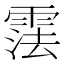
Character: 𬰂